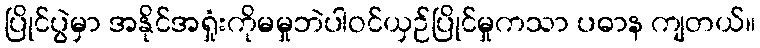
ပြိုင်ပွဲမှာ အနိုင်အရှုံးကိုမမှုဘဲပါဝင်ယှဉ်ပြိုင်မှုကသာ ပဓာန ကျတယ်။